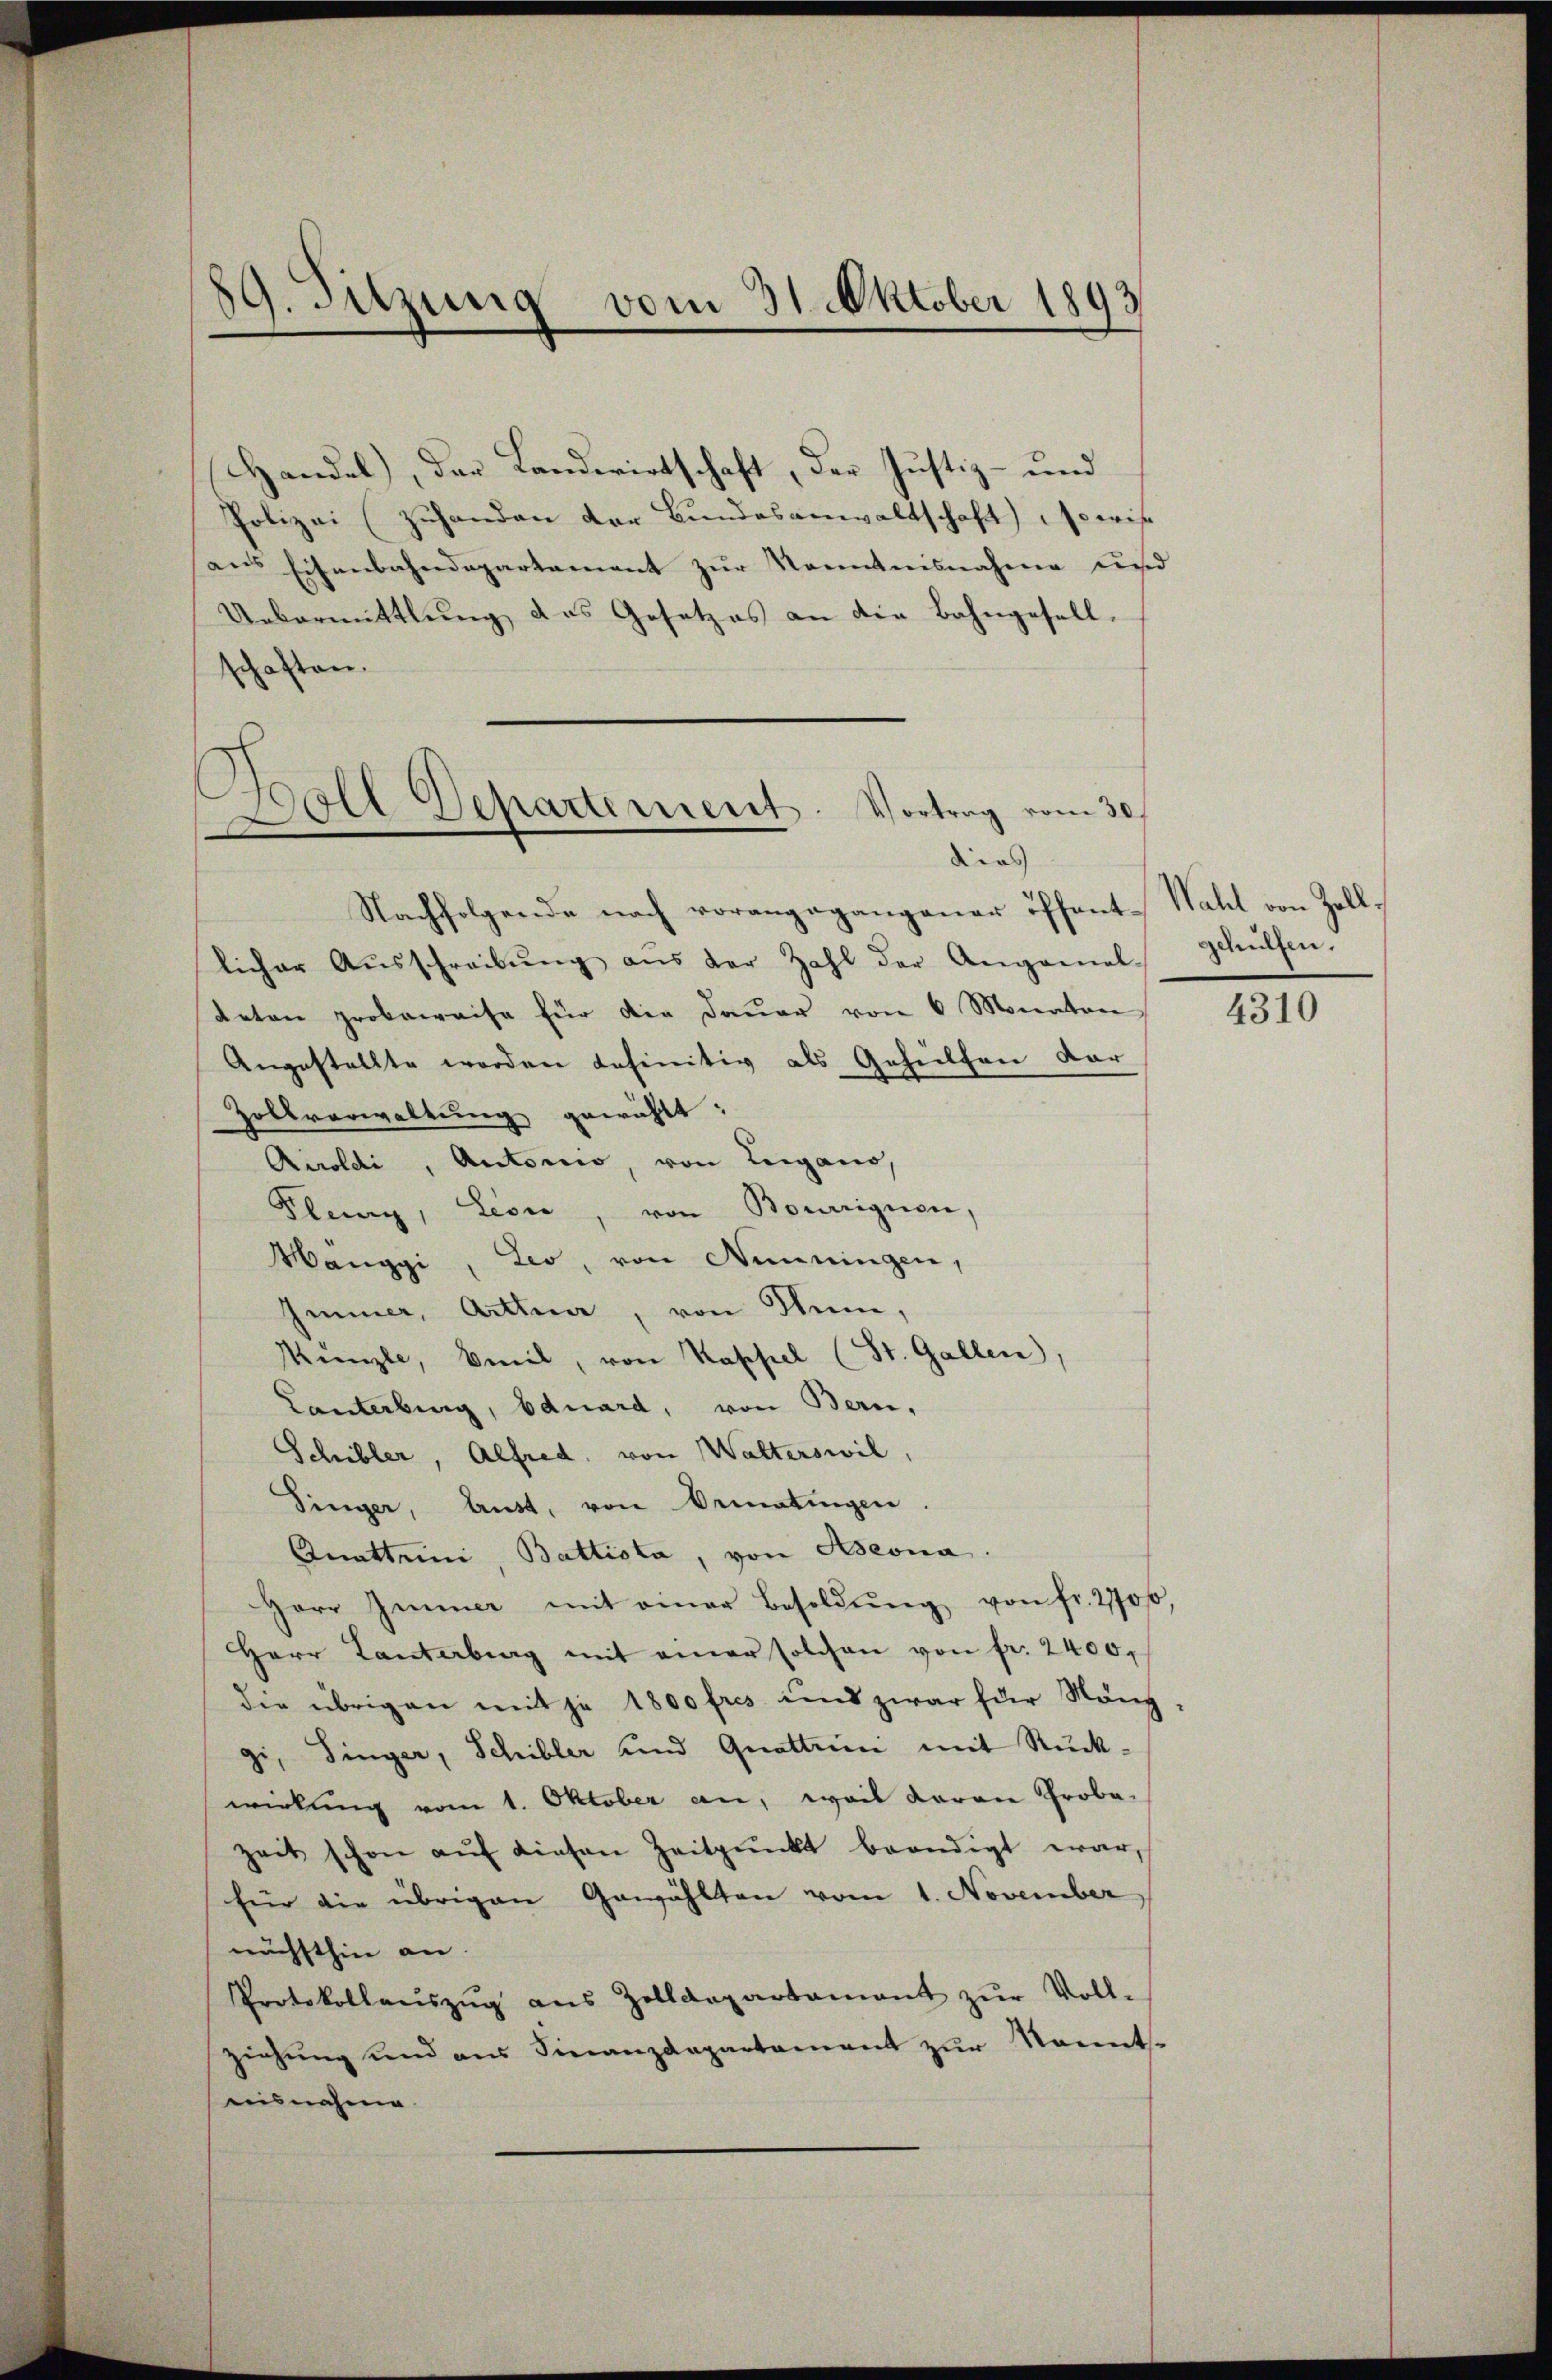
Nachfolgende nach vorangegangener öffent-Wahl von Zolllicher Aŭsschreibŭng aus der Zahl der Angamel-Schülfen.
deten probeweise für die Dauer von 6 Monaten
Angestellte werden definitiv als Gehülfen dar
Zollverwaltung gewählt:
Auoldi, Autorio, von Lugano,
Pley, Leon, von Bourriguen,
Mänggi, Leo, von Nenningen,
Immer, Arthner, von Nun,
Künzle, beil, von Kappel (St. Gallen,
Lanterburg, Eduard, von Bern,
Schibler, Alfred, von Walterswil,
Singer, Aust, von Dematingen.
Quattini, Battiota, von Aseona.
Herr Immer mit einer Besoldŭng von fr. 2700,
Herr Kanterbung mit einer solchen von fr. 2400,
die übrigen mit je 1800 frs. und zwar für Mänggi, Dinger, Schibler und Quattini mit Rückwirkung vom 1. Oktober an, weil daran Probe-
zeit schon aŭf diesen Zeitpunkt beendigt war,
für die übrigen Gewählten vom 1. November
nächsthin an.
Protokollaŭszŭg aŭs Zolldepartamant zŭr Voll-
ziehung und aus Finanzdepartament zur Nament-
eisnahme

Handel, der Landwirtschaft, der Justiz- und
Polizei (zuhanden der Bundesanwaltschaft) so wis
aus Eisenbahndepartement zur Kenntnisnahme und
Uebermittlung, das Gesetzes an die Bahngesell-
schaften.

89. Sitzung vom 31. Oktober 1893

Boll Departement. Vortrag vom 30.
dies

4310